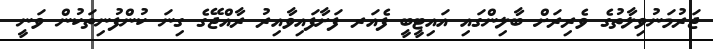
ޖަރުމަނުވިލާތުގެ ވެރިރަށް ބާލިންގައި އައިޓީބީ ފެއަރ ފަށާފައިވާއިރު ރާއްޖޭގެ ގިނަ ކުންފުނިތަކުން ވަނީ